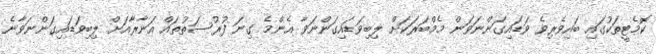
ކޮމެޓީތަކުގައި ބައިވެރިވެ ވަޑައިގަންނަވަން މެމްބަރަކަށް ލިބިވަޑައިގަންނަވާ އެންމެ ގިނަ ފުރުސަތުތައް އަނާރާއަށް ލިބިވަޑައިގަންނަވާނެ